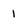
Character: 1